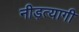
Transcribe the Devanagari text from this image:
नीड़त्यागी